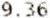
9.36